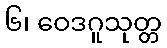
၆၊ ဝေဒဂူသုတ္တ